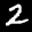
Label: 2